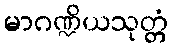
မာဂဏ္ဍိယသုတ္တံ